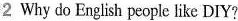
2 Why do English people like DIY?